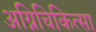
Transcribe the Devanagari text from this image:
अग्निचिकित्सा